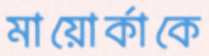
মায়োর্কাকে